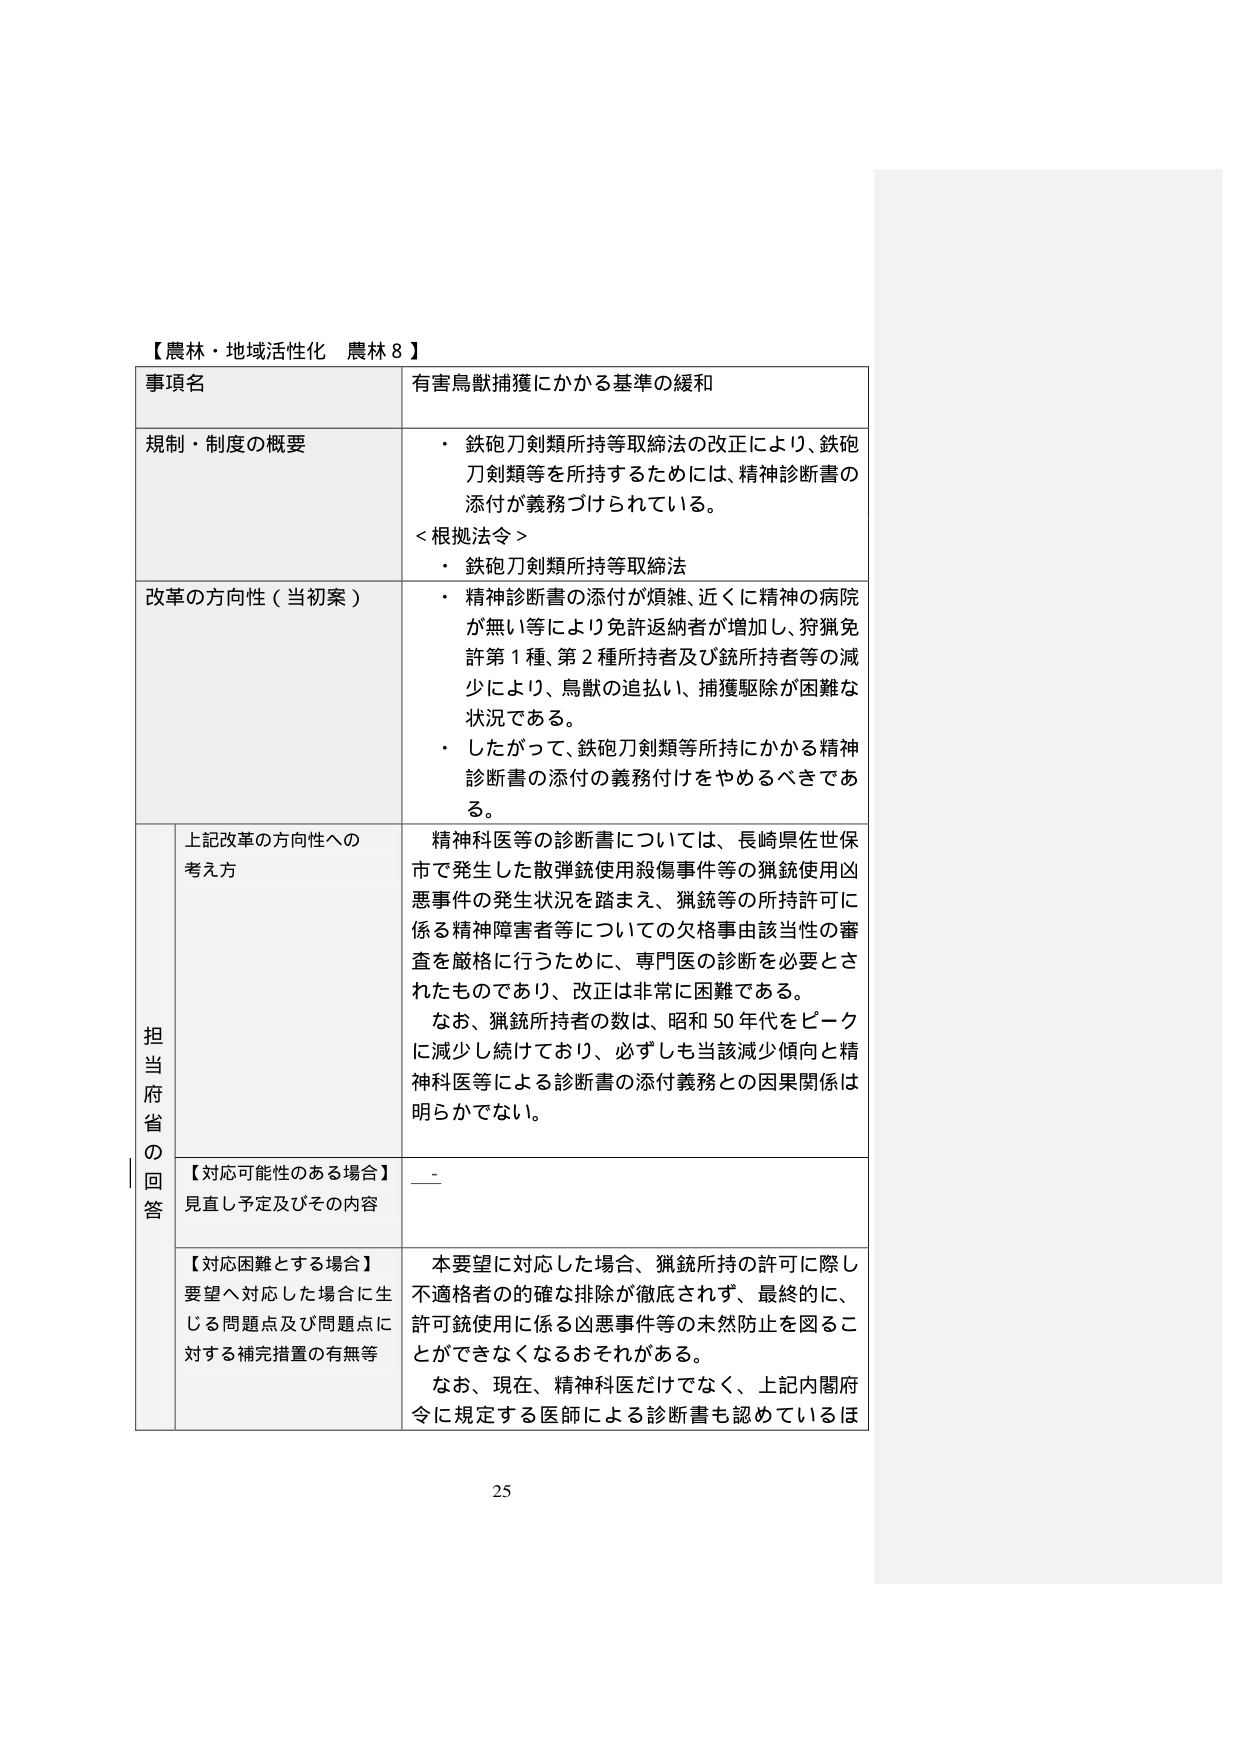
【農林・地域活性化 農林8】

事項名 有害鳥獣捕獲にかかる基準の緩和

規制・制度の概要
・ 鉄砲刀剣類所持等取締法の改正により、鉄砲刀剣類等を所持するためには、精神診断書の添付が義務づけられている。
＜根拠法令＞
・ 鉄砲刀剣類所持等取締法

改革の方向性（当初案）
・ 精神診断書の添付が煩雑、近くに精神の病院が無い等により免許返納者が増加し、狩猟免許第1種、第2種所持者及び銃所持者等の減少により、鳥獣の追払い、捕獲駆除が困難な状況である。
・ したがって、鉄砲刀剣類等所持にかかる精神診断書の添付の義務付けをやめるべきである。

担当府省の回答
上記改革の方向性への考え方
精神科医等の診断書については、長崎県佐世保市で発生した散弾銃使用殺傷事件等の猟銃使用凶悪事件の発生状況を踏まえ、猟銃等の所持許可に係る精神障害者等についての欠格事由該当性の審査を厳格に行うために、専門医の診断を必要とされたものであり、改正は非常に困難である。
なお、猟銃所持者の数は、昭和50年代をピークに減少し続けており、必ずしも当該減少傾向と精神科医等による診断書の添付義務との因果関係は明らかでない。

【対応可能性のある場合】
見直し予定及びその内容
＿＿

【対応困難とする場合】
要望へ対応した場合に生じる問題点及び問題点に対する補完措置の有無等
本要望に対応した場合、猟銃所持の許可に際し不適格者の的確な排除が徹底されず、最終的に、許可銃使用に係る凶悪事件等の未然防止を図ることができなくなるおそれがある。
なお、現在、精神科医だけでなく、上記内閣府令に規定する医師による診断書も認めているほ

25